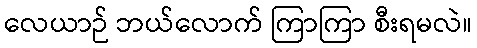
လေယာဉ် ဘယ်လောက် ကြာကြာ စီးရမလဲ။